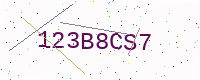
Text: 123B8CS7